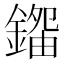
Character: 𨪿